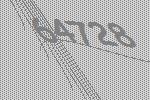
64728